Indian journal of veterinary science and animal husbandry - Volume 9,
Year: 1939
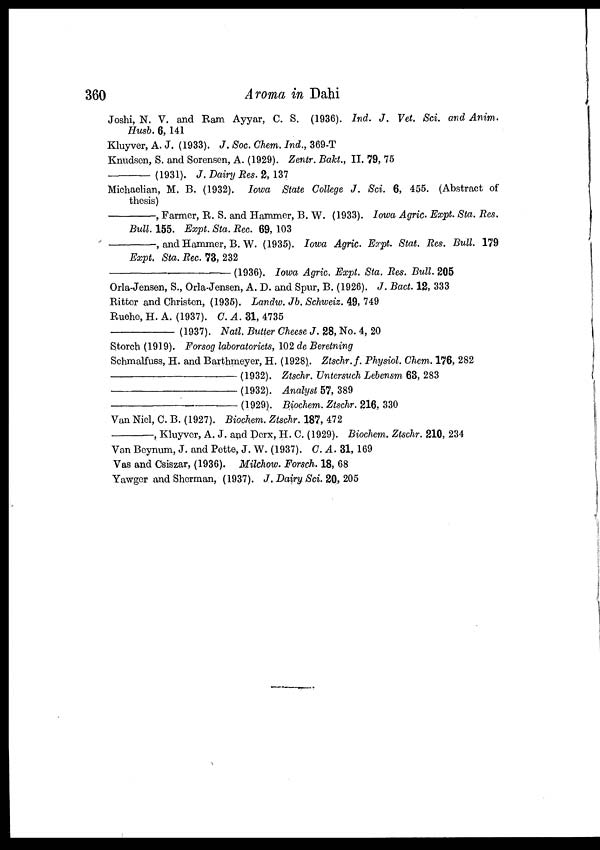
360
Aroma in Dahi
Joshi, N. V. and Ram Ayyar, C. S. (1936). Ind. J. Vet. Sci. and Anim.
Husb. 6, 141
Kluyver, A. J. (1933). J. Soc. Chem. Ind., 369-T
Knudsen, S. and Sorensen, A. (1929). Zentr. Bakt., II. 79, 75
––––––––––––– (1931). J. Dairy Res. 2, 137
Michaelian, M. B. (1932). Iowa State College J. Sci. 6, 455. (Abstract of
thesis)
–––––––––––––,
Farmer, R. S. and Hammer, B. W. (1933). Iowa Agric. Expt. Sta. Res.
Bull. 155. Expt. Sta. Rec. 69, 103
–––––––––––––,
and Hammer, B. W. (1935). Iowa Agric. Expt. Stat. Res. Bull. 179
Expt. Sta. Rec. 73, 232
–––––––––––––(1936).
Iowa Agric. Expt. Sta. Res. Bull. 205
Orla-Jensen, S., Orla-Jensen, A. D. and Spur, B. (1926). J. Bact. 12, 333
Ritter and Christen , (1935). Landw. Jb. Schweiz. 49, 749
Ruehe, H. A. (1937). C. A. 31, 4735
––––––––––––– (1937). Natl. Butter Cheese J. 28, No. 4, 20
Storch (1919). Forsog laboratoriets, 102 de Beretning
Schmalfuss, H. and Barthmeyer, H. (1928). Ztschr.f. Physiol. Chem. 176, 282
–––––––––––––(1932).
Ztschr. Untersuch Lebensm 63, 283
–––––––––––––(1932).
Analyst 57, 389
–––––––––––––(1929).
Biochem. Ztschr. 216, 330
Van Niel, C. B. (1927). Biochem. Ztschr. 187, 472
–––––––––––––,
Kluyver, A. J. and Derx, H. C. (1929). Biochem. Ztschr. 210, 234
Van Beynum, J. and Pette, J. W. (1937). C. A. 31, 169
Vas and Csiszar, (1936). Milchow. Forsch. 18, 68
Yawger and Sherman, (1937). J. Dairy Sci. 20, 205